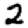
Digit: 2